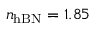
n _ { \mathrm { h B N } } = 1 . 8 5